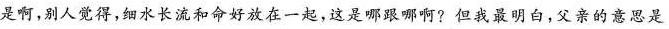
是啊，别人觉得，细水长流和命好放在一起，这是哪跟哪啊?但我最明白，父亲的意思是